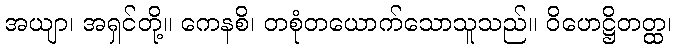
အယျာ၊ အရှင်တို့။ ကေနစိ၊ တစုံတယောက်သောသူသည်။ ဝိဟေဋ္ဌိတတ္ထ၊